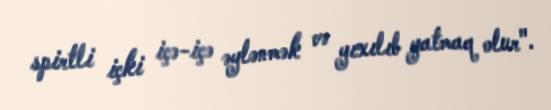
spirtli içki içə-içə əylənmək və yıxılıb yatmaq olur".